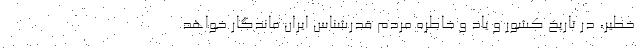
خطیر، در تاریخ کشور و یاد و خاطره مردم قدرشناس ایران ماندگار خواهد